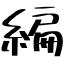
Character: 編